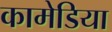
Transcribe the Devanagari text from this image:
कामेडिया